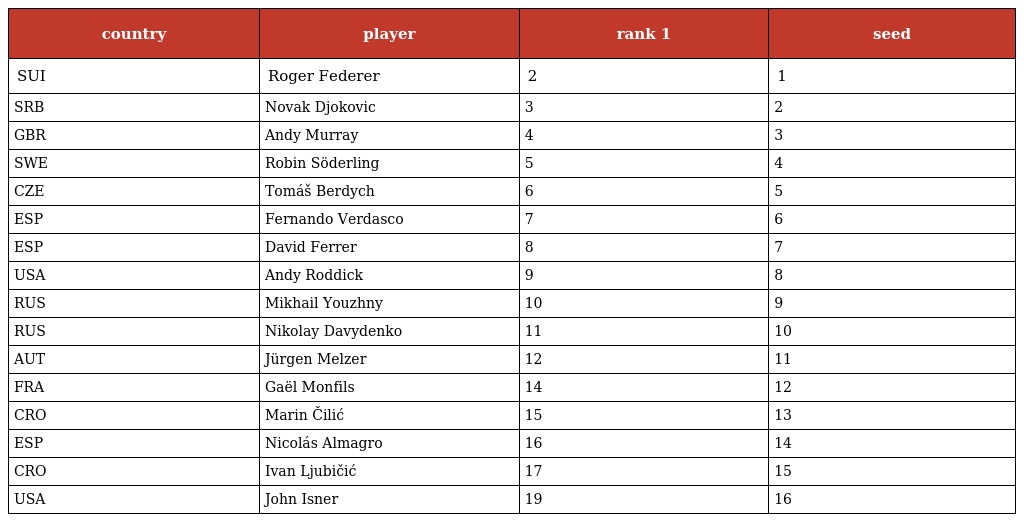
| country | player | rank 1 | seed |
 | --- | --- | --- | --- |
 | SUI | Roger Federer | 2 | 1 |
 | SRB | Novak Djokovic | 3 | 2 |
 | GBR | Andy Murray | 4 | 3 |
 | SWE | Robin Söderling | 5 | 4 |
 | CZE | Tomáš Berdych | 6 | 5 |
 | ESP | Fernando Verdasco | 7 | 6 |
 | ESP | David Ferrer | 8 | 7 |
 | USA | Andy Roddick | 9 | 8 |
 | RUS | Mikhail Youzhny | 10 | 9 |
 | RUS | Nikolay Davydenko | 11 | 10 |
 | AUT | Jürgen Melzer | 12 | 11 |
 | FRA | Gaël Monfils | 14 | 12 |
 | CRO | Marin Čilić | 15 | 13 |
 | ESP | Nicolás Almagro | 16 | 14 |
 | CRO | Ivan Ljubičić | 17 | 15 |
 | USA | John Isner | 19 | 16 |